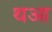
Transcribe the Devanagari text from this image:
थआ